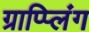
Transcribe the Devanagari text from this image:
ग्राप्प्लिंग